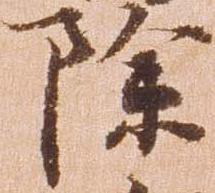
除